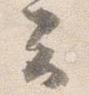
云